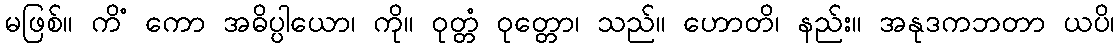
မဖြစ်။ ကိံ ကော အဓိပ္ပါယော၊ ကို။ ဝုတ္တံ ဝုတ္တော၊ သည်။ ဟောတိ၊ နည်း။ အနုဒကဘတာ ယပိ၊